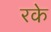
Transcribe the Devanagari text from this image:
रके